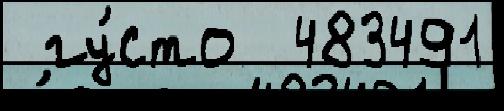
 гу́сто  483491